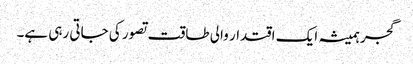
گجر ہمیشہ ایک اقتدار والی طاقت تصور کی جاتی رہی ہے۔